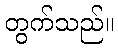
တွက်သည်။